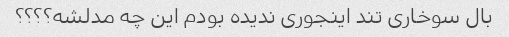
بال سوخاری تند اینجوری ندیده بودم این چه مدلشه؟؟؟؟